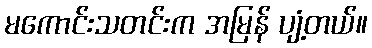
မကောင်းသတင်းက အမြန် ပျံ့တယ်။